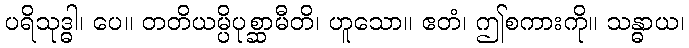
ပရိသုဒ္ဓါ၊ ပေ။ တတိယမ္ပိပုစ္ဆာမီတိ၊ ဟူသော။ ဧတံ၊ ဤစကားကို။ သန္ဓာယ၊